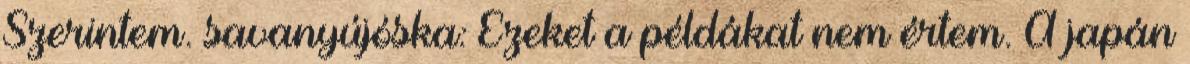
Szerintem. savanyújóska: Ezeket a példákat nem értem. A japán